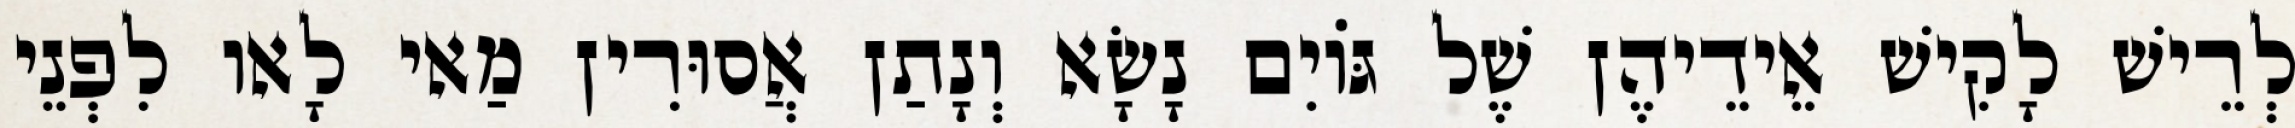
לְרֵישׁ לָקִישׁ אֵידֵיהֶן שֶׁל גּוֹיִם נָשָׂא וְנָתַן אֲסוּרִין מַאי לָאו לִפְנֵי